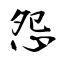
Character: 怨